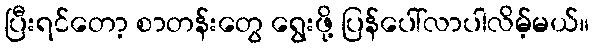
ပြီးရင်တော့ စာတန်းတွေ ရွေးဖို့ ပြန်ပေါ်လာပါလိမ့်မယ်။